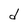
Character: d